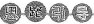
思路引导